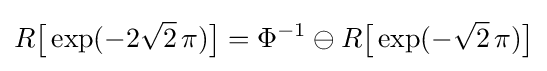
R{\bigl [}\exp(-2{\sqrt {2}}\,\pi ){\bigr ]}=\Phi ^{-1}\ominus R{\bigl [}\exp(-{\sqrt {2}}\,\pi ){\bigr ]}